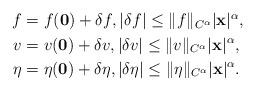
LaTeX: \begin{align*}\begin{aligned}f&=f(\mathbf 0)+\delta f,\vert \delta f \vert \leq \|f\|_{C^\alpha}\vert \mathbf x \vert ^\alpha,\\v&=v(\mathbf 0)+\delta v,\vert \delta v \vert \leq \|v\|_{C^\alpha}\vert \mathbf x \vert ^\alpha,\\\eta&=\eta(\mathbf 0)+\delta \eta, \vert \delta \eta\vert \leq \|\eta\|_{C^\alpha}\vert \mathbf x\vert ^\alpha.\end{aligned}\end{align*}